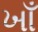
ખાઁ